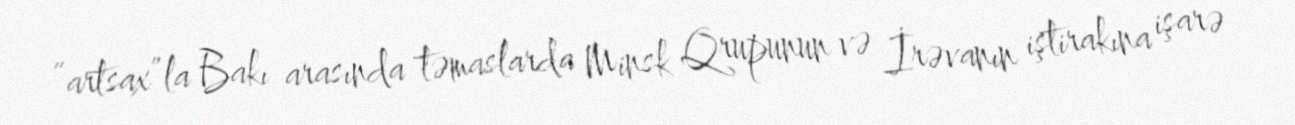
“artsax”la Bakı arasında təmaslarda Minsk Qrupunun və İrəvanın iştirakına işarə